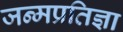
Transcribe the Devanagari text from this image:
जन्मप्रतिज्ञा